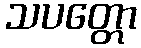
သပတ္တော